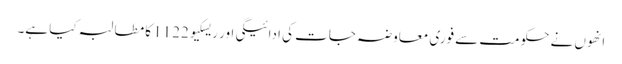
انھوں نے حکومت سے فوری معاوضہ جات کی ادائیگی اور ریسکیو1122 کا مطالبہ کیا ہے۔